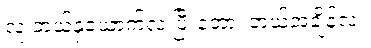
လူ ဘယ်နှယောက်လဲ၊ပြီးတော့၊ ဘယ်အချိန်လဲ။